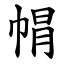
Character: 㡌